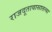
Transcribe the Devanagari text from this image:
राजदूतावासातल्या